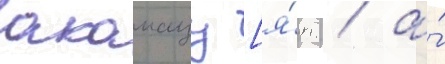
акамацу [я́п. / а́